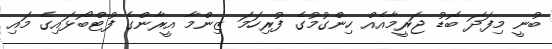
ބުނީ މިފަދަ ބޮޑު ޖަރީމާއެއް ހިންގުމުގެ ފުރިހަމަ ޒިންމާ އީރާންގެ ފުޓްބޯޅައިގެ މައި